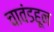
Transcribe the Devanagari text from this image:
चावंडहून